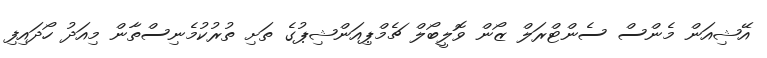
އޭޝިއަން މެންސް ސެންޓްރަލް ޒޯން ވޮލީބޯލް ޗެމްޕިއަންޝިޕުގެ ތަށި ތުރުކުމެނިސްތާން މިއަދު ހޯދައިފި